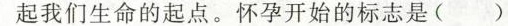
起我们生命的起点。怀孕开始的标志是( )